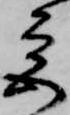
宮